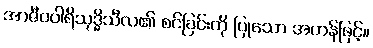
အာဇီဝပါရိသုဒ္ဓိသီလ၏ စင်ခြင်းကို ပြုသော အဟန်ဖြင့်။